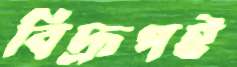
বিদ্রূপই